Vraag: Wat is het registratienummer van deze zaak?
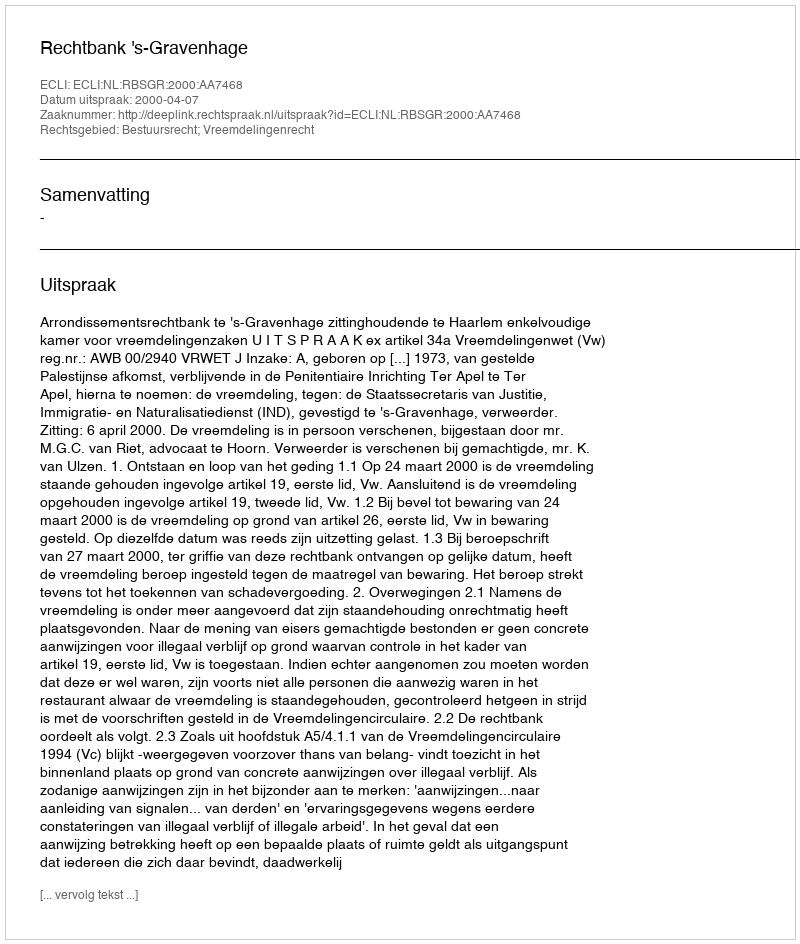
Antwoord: http://deeplink.rechtspraak.nl/uitspraak?id=ECLI:NL:RBSGR:2000:AA7468